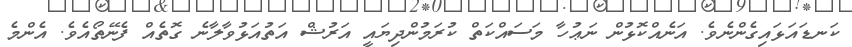
ކަނޑައަޅައިގެންނެވެ. އަނެއްކޮޅުން ނަޢުހާ މަސައްކަތް ކުރަމުންދިޔައީ އަރުޝް އަތުއަޅުވާލާނެ ގޮތެއް ފެނޭތޯއެވެ. އެންމެ